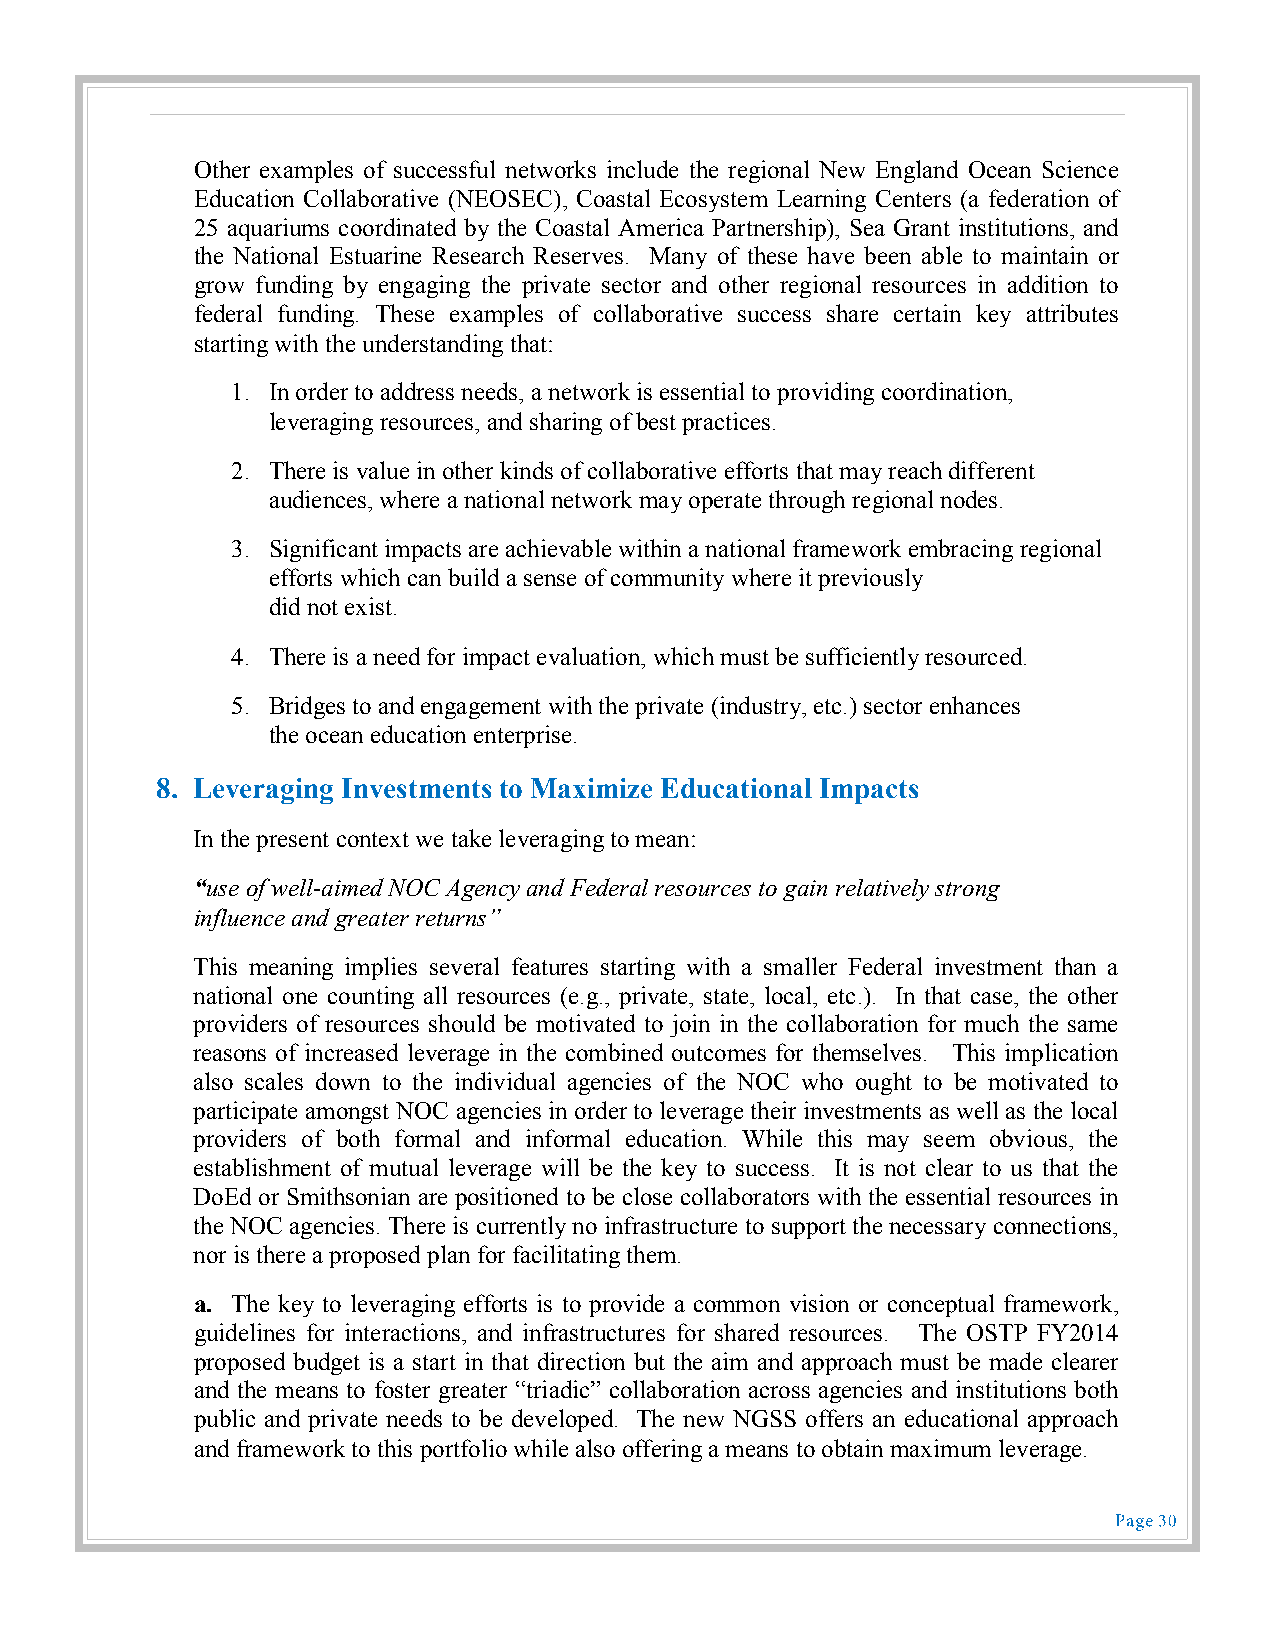
Other examples of successful networks include the regional New England Ocean Science
 Education Collaborative (NEOSEC), Coastal Ecosystem Learning Centers (a federation of
 25 aquariums coordinated by the Coastal America Partnership), Sea Grant institutions, and
 the National Estuarine Research Reserves. Many of these have been able to maintain or
 grow funding by engaging the private sector and other regional resources in addition to
 federal funding. These examples of collaborative success share certain key attributes
 starting with the understanding that:
 1. In order to address needs, a network is essential to providing coordination,
 leveraging resources, and sharing of best practices.
 2. There is value in other kinds of collaborative efforts that may reach different
 audiences, where a national network may operate through regional nodes.
 3. Significant impacts are achievable within a national framework embracing regional
 efforts which can build a sense of community where it previously
 did not exist.
 4. There is a need for impact evaluation, which must be sufficiently resourced.
 5. Bridges to and engagement with the private (industry, etc.) sector enhances
 the ocean education enterprise.
 8. Leveraging Investments to Maximize Educational Impacts
 In the present context we take leveraging to mean:
 “use of well-aimed NOC Agency and Federal resources to gain relatively strong
 influence and greater returns”
 This meaning implies several features starting with a smaller Federal investment than a
 national one counting all resources (e.g., private, state, local, etc.). In that case, the other
 providers of resources should be motivated to join in the collaboration for much the same
 reasons of increased leverage in the combined outcomes for themselves. This implication
 also scales down to the individual agencies of the NOC who ought to be motivated to
 participate amongst NOC agencies in order to leverage their investments as well as the local
 providers of both formal and informal education. While this may seem obvious, the
 establishment of mutual leverage will be the key to success. It is not clear to us that the
 DoEd or Smithsonian are positioned to be close collaborators with the essential resources in
 the NOC agencies. There is currently no infrastructure to support the necessary connections,
 nor is there a proposed plan for facilitating them.
 a. The key to leveraging efforts is to provide a common vision or conceptual framework,
 guidelines for interactions, and infrastructures for shared resources. The OSTP FY2014
 proposed budget is a start in that direction but the aim and approach must be made clearer
 and the means to foster greater “triadic” collaboration across agencies and institutions both
 public and private needs to be developed. The new NGSS offers an educational approach
 and framework to this portfolio while also offering a means to obtain maximum leverage.